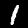
Label: 1